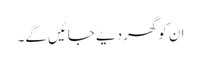
ان کوگھر دیے جائیں گے۔